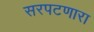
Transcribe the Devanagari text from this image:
सरपटणारा